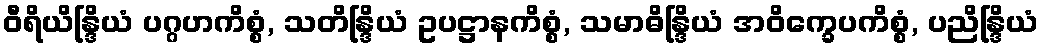
ဝီရိယိန္ဒြိယံ ပဂ္ဂဟကိစ္စံ, သတိန္ဒြိယံ ဥပဋ္ဌာနကိစ္စံ, သမာဓိန္ဒြိယံ အဝိက္ခေပကိစ္စံ, ပညိန္ဒြိယံ